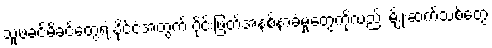
သူ့ဖခင်မိခင်တွေရဲ့ နိုင်ငံအတွက် ပိုင်းဖြတ်အနစ်နာခံမှုတွေကိုလည်း မျိုးဆက်သစ်တွေ